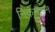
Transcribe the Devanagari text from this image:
निकम्मेपन